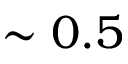
\sim 0 . 5